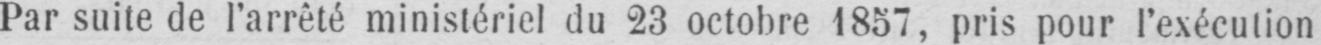
Par suite de l’arrêté ministériel du 23 octobre 1857, pris pour l’exécution